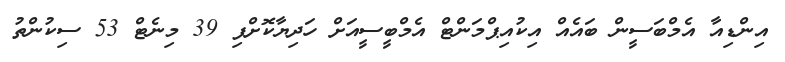
އިންޑިއާ އެމްބަސީން ބައެއް އިކުއިޕްމަންޓް އެމްބީސީއަށް ހަދިޔާކޮށްފި 39 މިނެޓް 53 ސިކުންތު